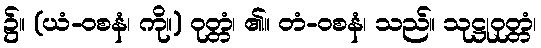
၌။ (ယံ-ဝစနံ၊ ကို။) ဝုတ္တံ၊ ၏။ တံ-ဝစနံ၊ သည်။ သုဋ္ဌုဝုတ္တံ၊